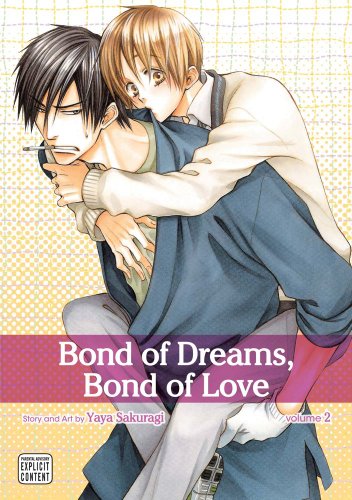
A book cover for Bond of Dreams, Bond of Love, Vol. 2 (Yaoi Manga); Yaya Sakuragi; Comics & Graphic Novels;